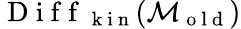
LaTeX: \mathrm{~D~i~f~f~}_{\mathrm{~k~i~n~}}(\mathcal{M}_{\mathrm{~o~l~d~}})